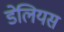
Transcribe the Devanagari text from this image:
डेलियस